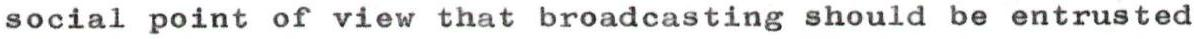
social point of view that broadcasting should be entrusted